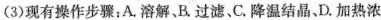
(3)现有操作步骤；A.溶解、B.过滤、C.降温结晶、D.加热浓